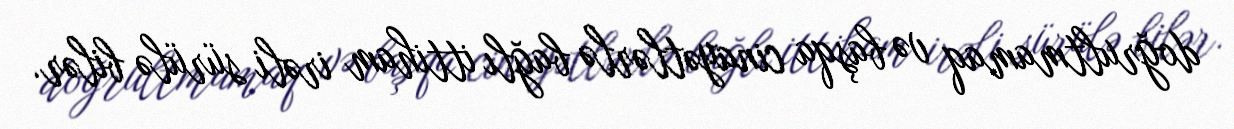
doğrultmamaq və başqa cinayətlərlə bağlı ittiham irəli sürülə bilər.